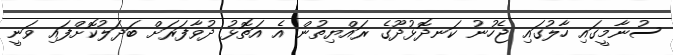
ސުނާމީގައި ހާލުގައި ޖެހުނު ކަނދޮޅުދޫގެ ރައްޔިތުން އެ އަތޮޅު ދުވާފަރަށް ބަދަލުކޮށްފައި ވަނީ